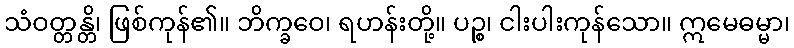
သံဝတ္တန္တိ၊ ဖြစ်ကုန်၏။ ဘိက္ခဝေ၊ ရဟန်းတို့။ ပဉ္စ၊ ငါးပါးကုန်သော။ ဣမေဓမ္မာ၊